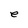
Character: e